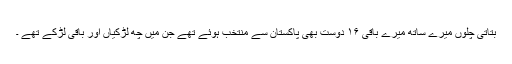
بتاتی چلوں میرے ساتھ میرے باقی ۱۶ دوست بھی پاکستان سے منتخب ہوئے تھے جن میں چھ لڑکیاں اور باقی لڑکے تھے ۔